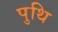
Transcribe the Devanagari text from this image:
पुथि